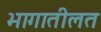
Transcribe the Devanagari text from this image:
भागातीलत